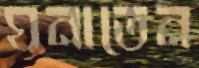
ঘনাতেন